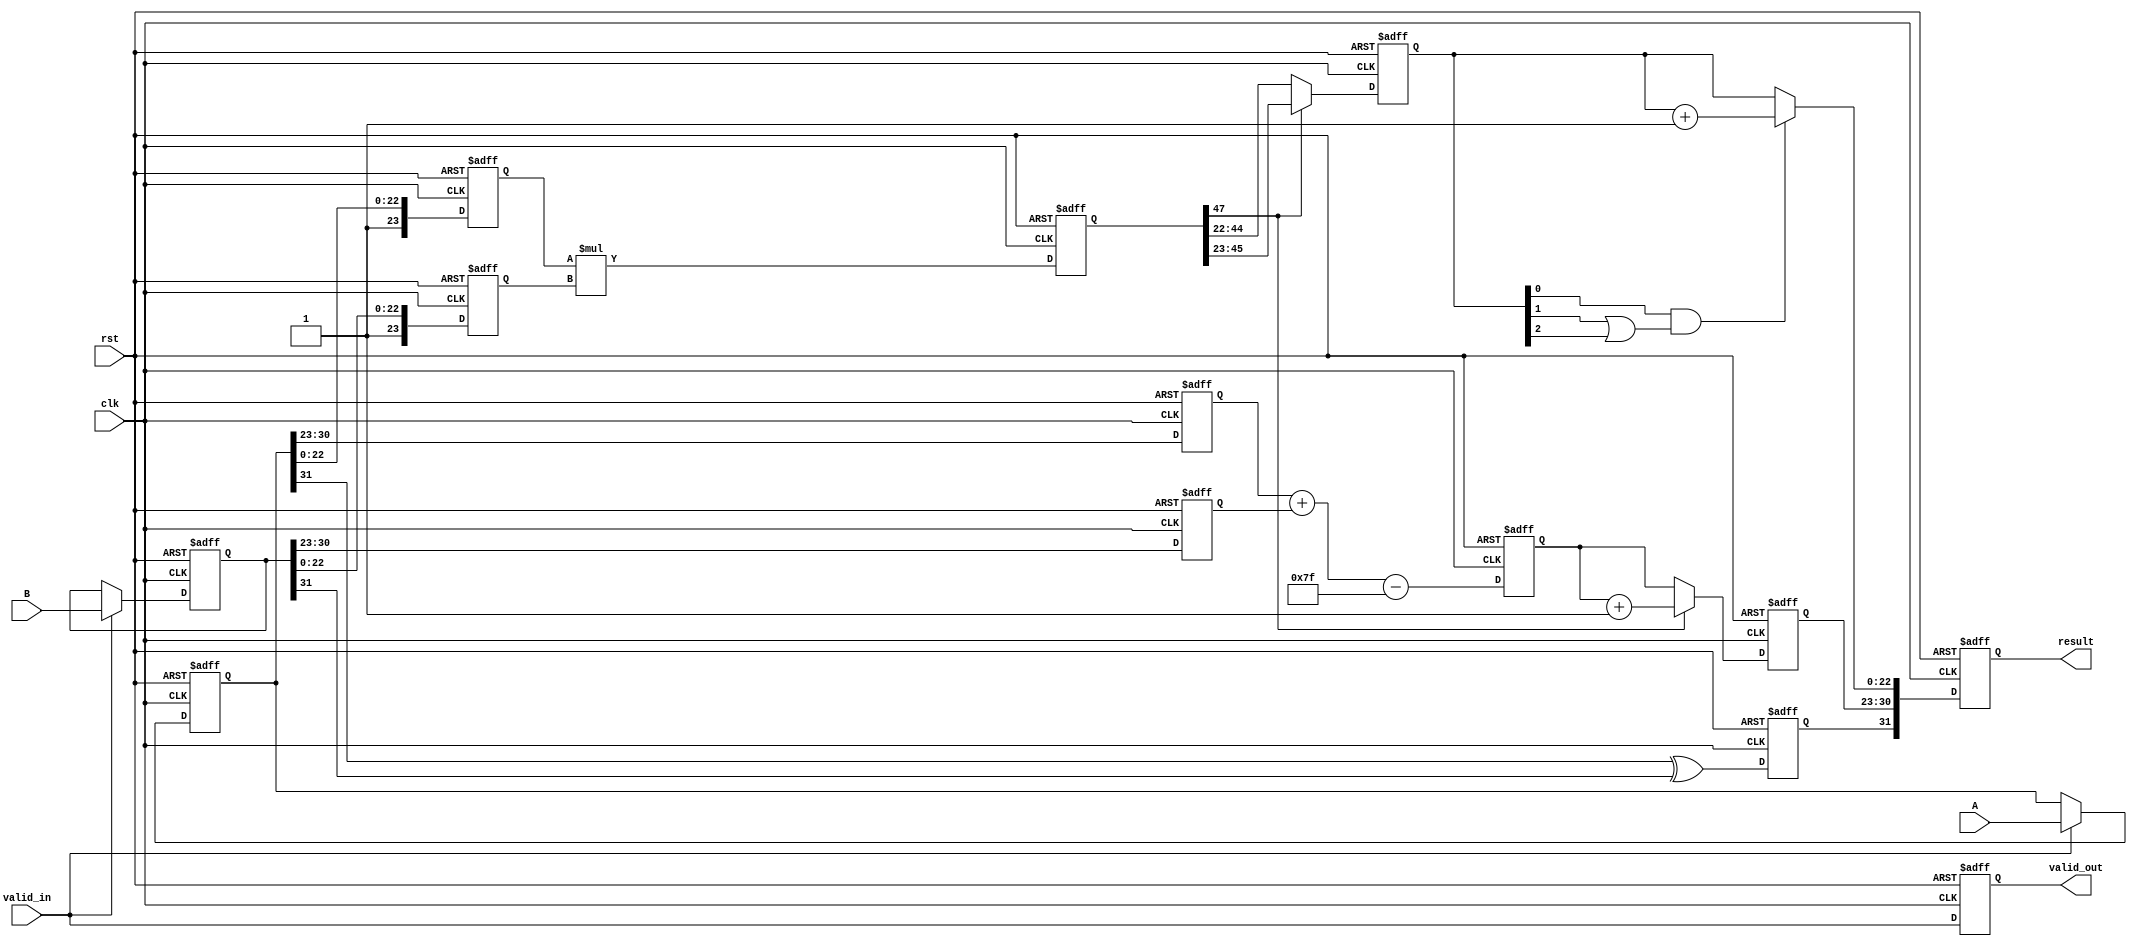
module pipelined_fp_multiplier (
    input clk,
    input rst,
    input valid_in,
    input [31:0] A, // First operand
    input [31:0] B, // Second operand
    output reg valid_out,
    output reg [31:0] result // The result of A * B
);

// Pipeline stages
reg [31:0] stage1_A, stage1_B; // Stage 1: Input Preparation
reg [7:0] stage2_exponent_A, stage2_exponent_B; // Stage 2: Exponents
reg [23:0] stage2_mantissa_A, stage2_mantissa_B; // Mantissas with implicit leading 1
reg sign_result;
reg [7:0] stage3_exponent_result; // Stage 3: Result exponent
reg [47:0] stage3_mantissa_result; // Stage 3: Multiplication result
reg [24:0] stage4_normalized_mantissa; // Stage 4: Normalized result
reg [7:0] stage4_final_exponent; // Stage 4: Final exponent after normalization

// Stage 1: Input Preparation
always @(posedge clk or posedge rst) begin
    if (rst) begin
        stage1_A <= 32'b0;
        stage1_B <= 32'b0;
    end else if (valid_in) begin
        stage1_A <= A;
        stage1_B <= B;
    end
end

// Stage 2: Sign and Exponent Calculation
always @(posedge clk or posedge rst) begin
    if (rst) begin
        stage2_exponent_A <= 8'b0;
        stage2_exponent_B <= 8'b0;
        stage2_mantissa_A <= 24'b0;
        stage2_mantissa_B <= 24'b0;
        sign_result <= 1'b0;
    end else begin
        stage2_exponent_A <= stage1_A[30:23];
        stage2_exponent_B <= stage1_B[30:23];
        stage2_mantissa_A <= {1'b1, stage1_A[22:0]}; // Implicit leading 1 for normalized numbers
        stage2_mantissa_B <= {1'b1, stage1_B[22:0]}; // Implicit leading 1 for normalized numbers
        sign_result <= stage1_A[31] ^ stage1_B[31]; // XOR the sign bits
    end
end

// Stage 3: Mantissa Multiplication
always @(posedge clk or posedge rst) begin
    if (rst) begin
        stage3_exponent_result <= 8'b0;
        stage3_mantissa_result <= 48'b0; // 24 * 24 to store product
    end else begin
        stage3_exponent_result <= stage2_exponent_A + stage2_exponent_B - 8'd127; // Adjust for bias
        stage3_mantissa_result <= stage2_mantissa_A * stage2_mantissa_B; // Mantissa multiplication
    end
end

// Stage 4: Normalization
always @(posedge clk or posedge rst) begin
    if (rst) begin
        stage4_normalized_mantissa <= 25'b0;
        stage4_final_exponent <= 8'b0;
    end else begin
        if (stage3_mantissa_result[47]) begin // Check for overflow
            stage4_normalized_mantissa <= stage3_mantissa_result[47:23]; // Keep higher bits
            stage4_final_exponent <= stage3_exponent_result + 1; // Increment exponent for normalization
        end else begin
            stage4_normalized_mantissa <= stage3_mantissa_result[46:22]; // Keep normalized bits
            stage4_final_exponent <= stage3_exponent_result; // No change in exponent
        end
    end
end

// Stage 5: Rounding (Simplified)
wire [24:0] rounded_mantissa;
assign rounded_mantissa = (stage4_normalized_mantissa[0] && (stage4_normalized_mantissa[1] || stage4_normalized_mantissa[2])) ? stage4_normalized_mantissa + 1'b1 : stage4_normalized_mantissa;

// Stage 6: Output Preparation
always @(posedge clk or posedge rst) begin
    if (rst) begin
        result <= 32'b0;
        valid_out <= 1'b0;
    end else begin
        valid_out <= valid_in; // Output valid signal
        result <= {sign_result, stage4_final_exponent, rounded_mantissa[22:0]}; // Combine fields
    end
end

endmodule